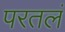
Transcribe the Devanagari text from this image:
परतलं